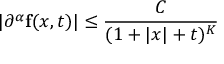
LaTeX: \vert \partial ^ { \alpha } \mathbf { f } ( x , t ) \vert \leq { \frac { C } { ( 1 + \vert x \vert + t ) ^ { K } } } \qquad